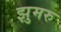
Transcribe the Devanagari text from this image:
झुमरु